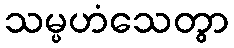
သမ္ပဟံသေတွာ